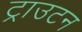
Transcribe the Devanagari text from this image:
ट्राउटन